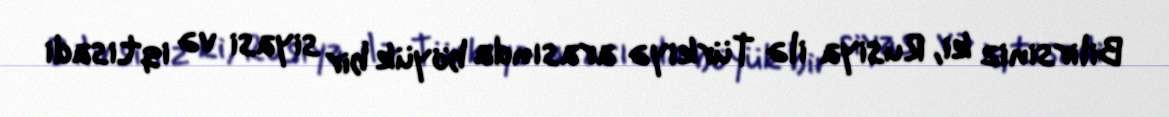
Bilirsiniz ki, Rusiya ilə Türkiyə arasında böyük bir siyasi və iqtisadi